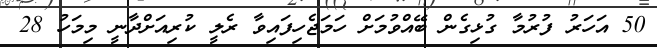
50 އަހަރު ފުރުމާ ގުޅިގެން ބޭއްވުމަށް ހަމަޖެހިފައިވާ ރެލީ ކުރިއަށްދާނީ މިމަހު 28